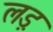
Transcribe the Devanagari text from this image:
लड़़